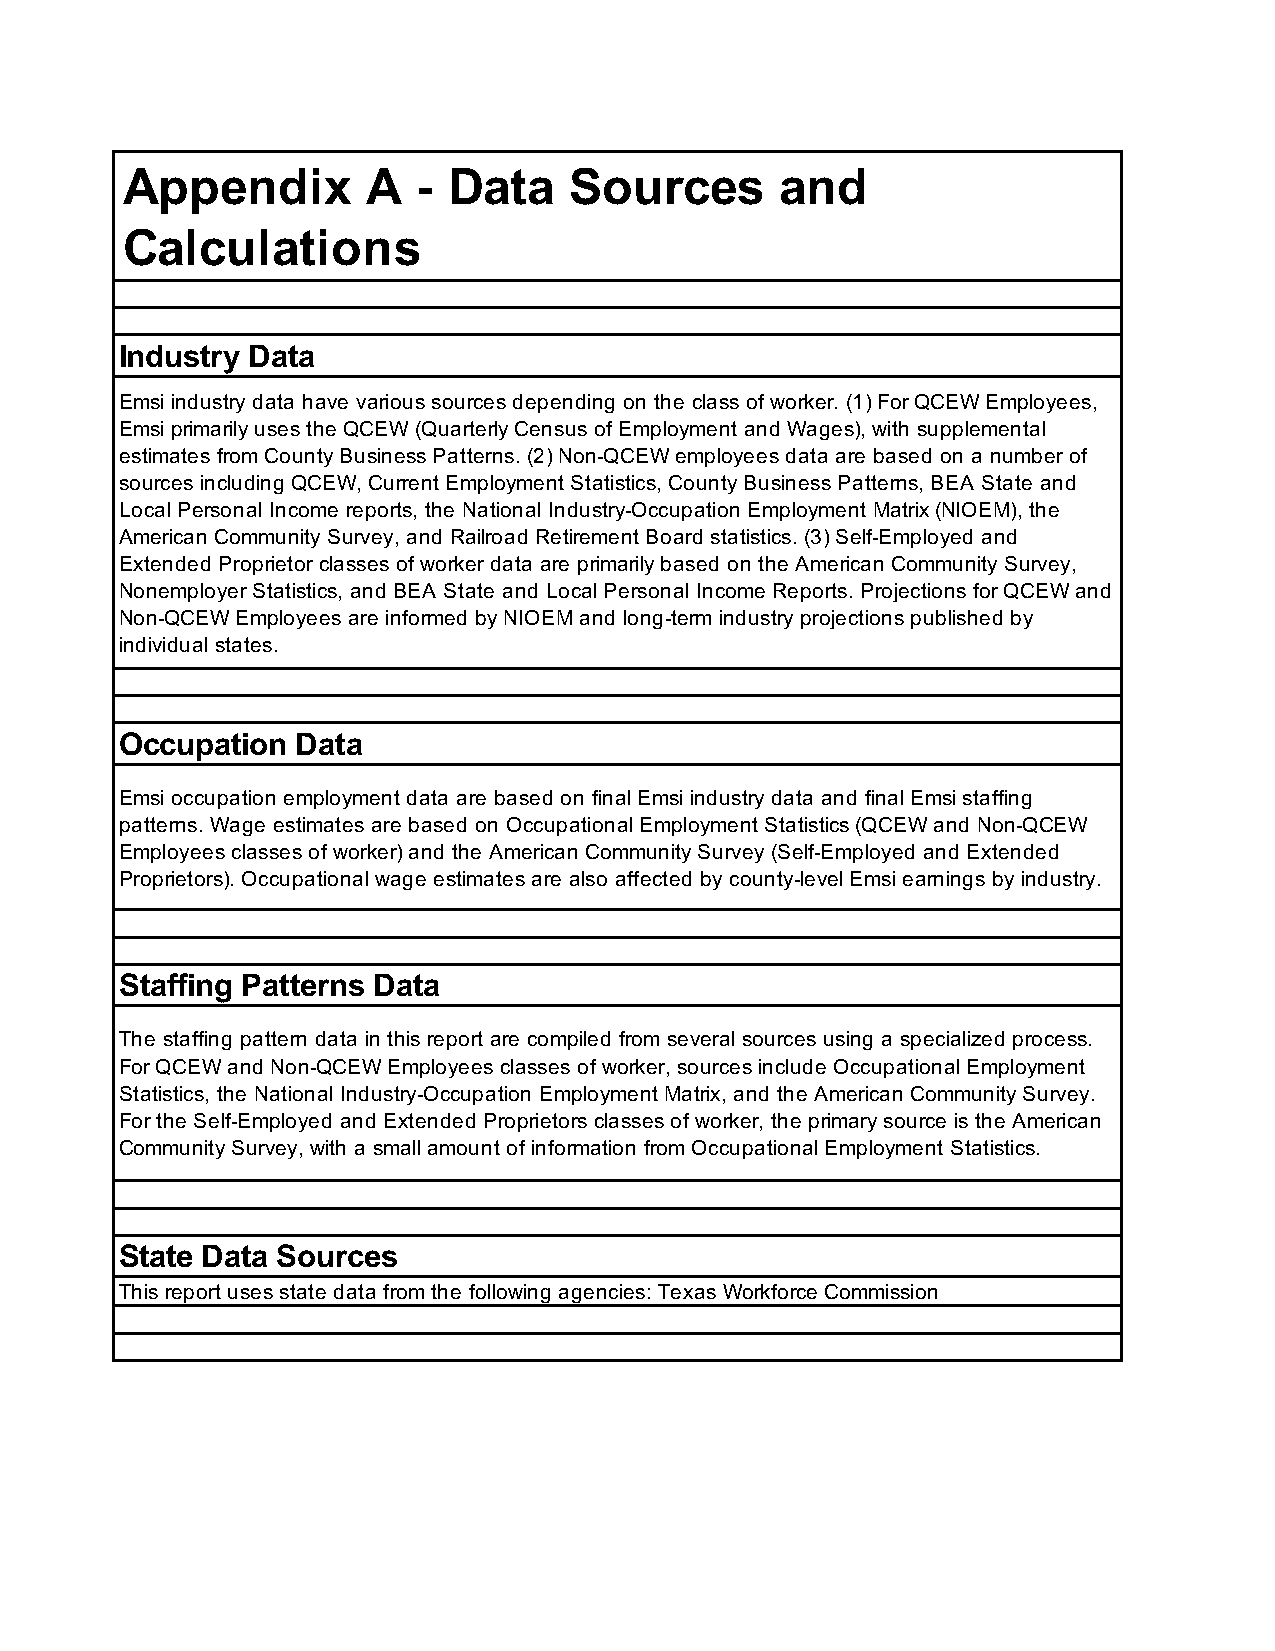
Appendix        A   - Data    Sources       and
 Calculations
 Industry Data
 Emsi industry data have various sources depending on the class of worker. (1) For QCEW Employees,
 Emsi primarily uses the QCEW (Quarterly Census of Employment and Wages), with supplemental
 estimates from County Business Patterns. (2) Non-QCEW employees data are based on a number of
 sources including QCEW, Current Employment Statistics, County Business Patterns, BEA State and
 Local Personal Income reports, the National Industry-Occupation Employment Matrix (NIOEM), the
 American Community Survey, and Railroad Retirement Board statistics. (3) Self-Employed and
 Extended Proprietor classes of worker data are primarily based on the American Community Survey,
 Nonemployer Statistics, and BEA State and Local Personal Income Reports. Projections for QCEW and
 Non-QCEW Employees are informed by NIOEM and long-term industry projections published by
 individual states.
 Occupation  Data
 Emsi occupation employment data are based on final Emsi industry data and final Emsi staffing
 patterns. Wage estimates are based on Occupational Employment Statistics (QCEW and Non-QCEW
 Employees classes of worker) and the American Community Survey (Self-Employed and Extended
 Proprietors). Occupational wage estimates are also affected by county-level Emsi earnings by industry.
 Staffing Patterns Data
 The staffing pattern data in this report are compiled from several sources using a specialized process.
 For QCEW and Non-QCEW Employees classes of worker, sources include Occupational Employment
 Statistics, the National Industry-Occupation Employment Matrix, and the American Community Survey.
 For the Self-Employed and Extended Proprietors classes of worker, the primary source is the American
 Community Survey, with a small amount of information from Occupational Employment Statistics.
 State Data Sources
 This report uses state data from the following agencies: Texas Workforce Commission